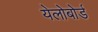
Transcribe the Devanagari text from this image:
येलोबोर्ड